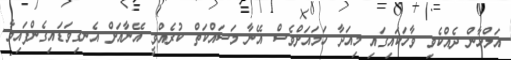
އަލްހާން ދެއްކެވި ވާހަކައިގައި މިއަދާ ހަމައަށްވެސް އޭނާ މަސައްކަތް ކުރެއްވީ އޭނާއަށް އެނގިވަޑައިގެންފައިވާ